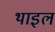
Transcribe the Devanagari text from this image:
थाइल